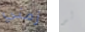
زمني لو